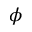
\phi